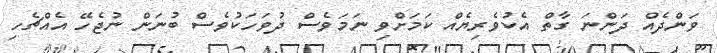
ވަންދެއް ދަންނަ ގާތް އެކުވެރިޔެއް ކަމަށްވި ނަމަވެސް ދުވަހަކުވެސް ބުނަން ނުޖެހޭ އެއްޗެހި